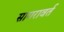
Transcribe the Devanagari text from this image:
सागरावर्त